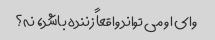
وای او می تواند واقعاً زننده باشد، نه؟